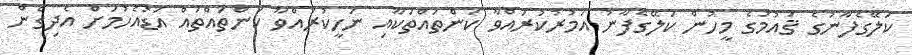
ކަލޭގެފާނުގެ ޤައުމުގެ މީހުން ކަލޭގެފާނު އަމުރުކުރައްވާ ކަންތައްތަކާއި ނަހީކުރައްވާ ކަންތައްތައް އަޑުއެހުމަށް އެދިގެން